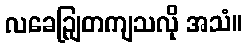
လခေဉျြတကျသလို အသံ။